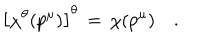
LaTeX: \left[ \chi ^ { \theta } ( p ^ { \mu } ) \right] ^ { \theta } \, = \, \chi ( p ^ { \mu } ) \quad .